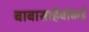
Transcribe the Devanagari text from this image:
बाबासाहेबांकडे